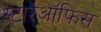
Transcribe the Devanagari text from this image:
स्टारऑफिस